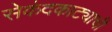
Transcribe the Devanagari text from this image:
सेकंदकाट्याची